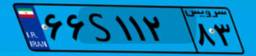
۴۳S۳۸۲۹۸